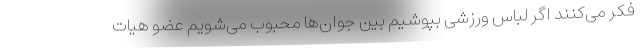
فکر می‌کنند اگر لباس ورزشی بپوشیم بین جوان‌ها محبوب می‌شویم عضو هیات